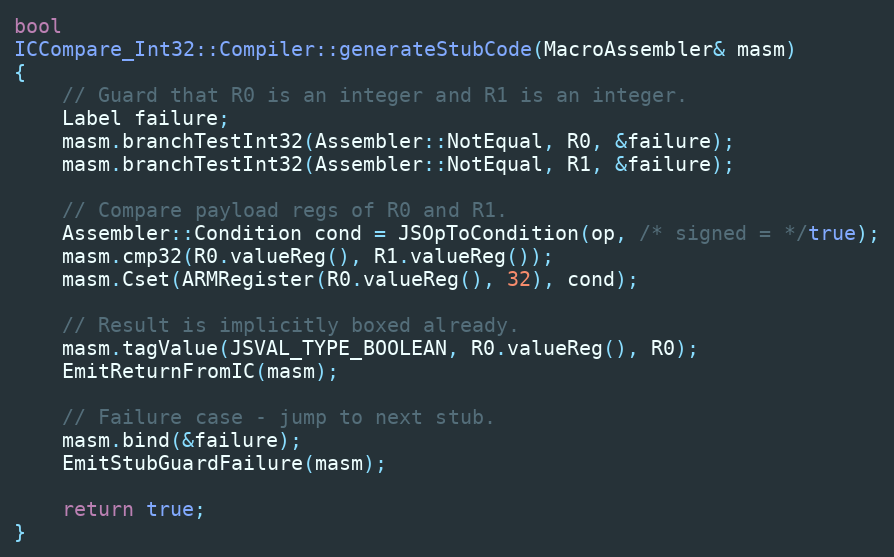
Language: C++
bool
ICCompare_Int32::Compiler::generateStubCode(MacroAssembler& masm)
{
    // Guard that R0 is an integer and R1 is an integer.
    Label failure;
    masm.branchTestInt32(Assembler::NotEqual, R0, &failure);
    masm.branchTestInt32(Assembler::NotEqual, R1, &failure);

    // Compare payload regs of R0 and R1.
    Assembler::Condition cond = JSOpToCondition(op, /* signed = */true);
    masm.cmp32(R0.valueReg(), R1.valueReg());
    masm.Cset(ARMRegister(R0.valueReg(), 32), cond);

    // Result is implicitly boxed already.
    masm.tagValue(JSVAL_TYPE_BOOLEAN, R0.valueReg(), R0);
    EmitReturnFromIC(masm);

    // Failure case - jump to next stub.
    masm.bind(&failure);
    EmitStubGuardFailure(masm);

    return true;
}